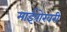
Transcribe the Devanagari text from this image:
माईपोखरी